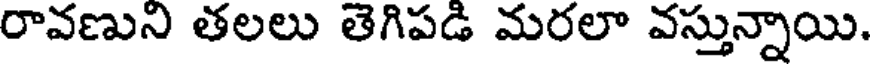
రావణుని తలలు తెగిపడి మరలా వస్తున్నాయి.